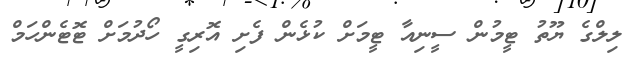
ލިލްގެ ޔޫތު ޓީމުން ސީނިއާ ޓީމަށް ކުޅެން ފެށި އޮރިގީ ހޯދުމަށް ޓޮޓެންހަމް